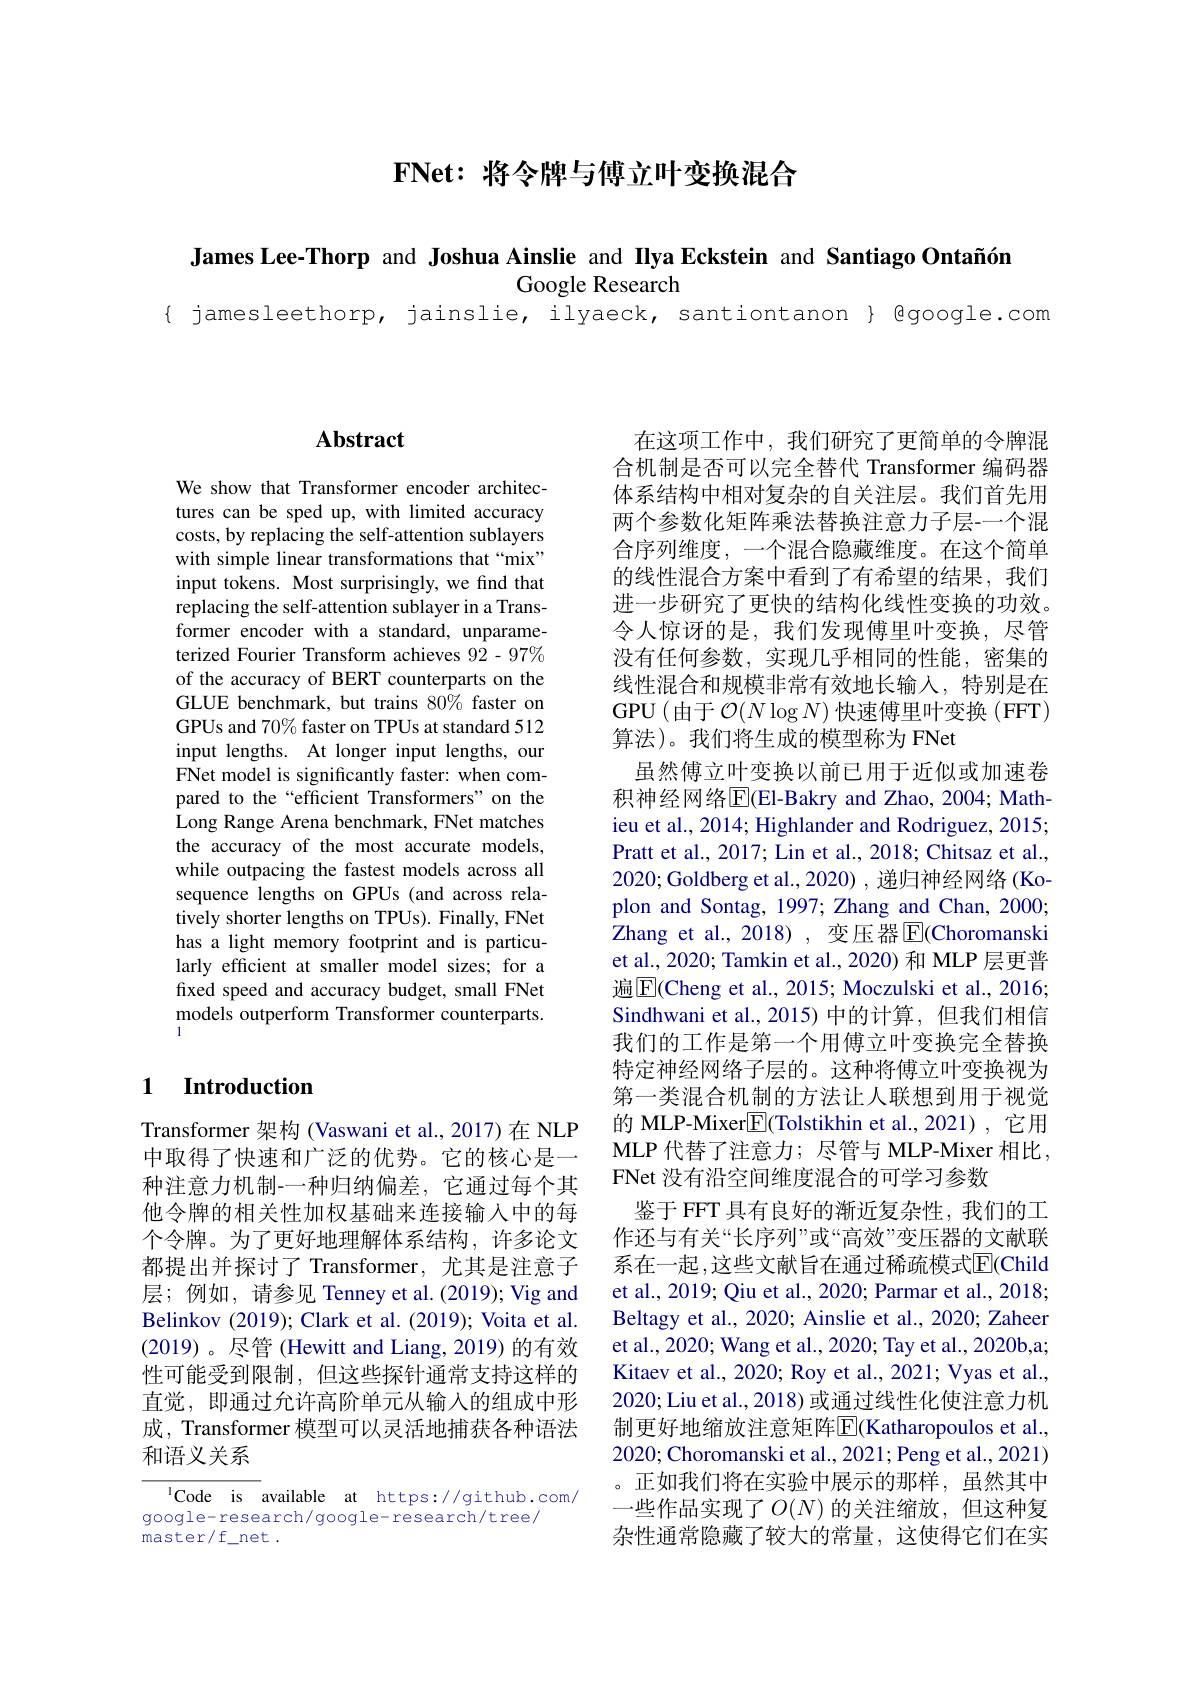
$\textbf{FNet: 将 令 牌 与 傅 立 叶 变 换 混 合 }$

James Lee-Thorp and Joshua Ainslie and Ilya Eckstein and Santiago Ontañón
Google Research
{ jamesleethorp, jainslie, ilyaeck, santiontanon } Qgoogle.com

## $\mathbf{Abstract}$

We show that Transformer encoder architectures can be sped up, with limited accuracy costs, by replacing the self-attention sublayers with simple linear transformations that “mix” input tokens. Most surprisingly, we find that replacing the self-attention sublayer in a Transformer encoder with a standard, unparameterized Fourier Transform achieves 92 - 97% of the accuracy of BERT counterparts on the GLUE benchmark, but trains 80% faster on GPUs and 70% faster on TPUs at standard 512 input lengths. At longer input lengths, our FNet model is significantly faster: when compared to the “efficient Transformers" on the Long Range Arena benchmark, FNet matches the accuracy of the most accurate models, while outpacing the fastest models across all sequence lengths on GPUs (and across relatively shorter lengths on TPUs). Finally, FNet has a light memory footprint and is particularly efficient at smaller model sizes; for a fixed speed and accuracy budget, small FNet models outperform Transformer counterparts

## 1 $\textbf{Introduction}$

Transformer 架构 (Vaswani et al., 2017)在 NLP 中取得了快速和广泛的优势。它的核心是一种注意力机制-一种归纳偏差，它通过每个其他令牌的相关性加权基础来连接输入中的每个令牌。为了更好地理解体系结构，许多论文都提出并探讨了 Transformer, 尤其是注意子层；例如，请参见 Tenney et al.(2019); Vig and Belinkov (2019); Clark et al. (2019); Voita et al. (2019)。尽管 (Hewitt and Liang, 2019) 的有效性可能受到限制，但这些探针通常支持这样的直觉，即通过允许高阶单元从输入的组成中形成，Transformer 模型可以灵活地捕获各种语法和语义关系

$^{1}$Code is available at https://github.com/
google-research/google-research/tree/
$master/f_{-}net.$

在这项工作中，我们研究了更简单的令牌混合机制是否可以完全替代 Transformer 编码器体系结构中相对复杂的自关注层。我们首先用两个参数化矩阵乘法替换注意力子层-一个混合序列维度，一个混合隐藏维度。在这个简单的线性混合方案中看到了有希望的结果，我们进一步研究了更快的结构化线性变换的功效。令人惊讶的是，我们发现傅里叶变换，尽管没有任何参数，实现几乎相同的性能，密集的线性混合和规模非常有效地长输入，特别是在GPU(由于$\mathcal{O}(N\log N)$快速傅里叶变换 (FFT) 算法)。我们将生成的模型称为 FNet
虽然傅立叶变换以前已用于近似或加速卷积神经网络$\overline{\mathrm{E}}$(El-Bakry and Zhao, 2004; Mathieu et al., 2014; Highlander and Rodriguez, 2015; Pratt et al., 2017; Lin et al., 2018; Chitsaz et al., 2020;Goldberg et al., 2020) , 递归神经网络 (Koplon and Sontag, 1997; Zhang and Chan, 2000; Zhang et al.,2018) , 变压器$\overline{\mathrm{E}}($Choromanski et al., 2020; Tamkin et al., 2020) 和 MLP 层更普遍$\boxed{\mathrm{F}}$(Cheng et al., 2015; Moczulski et al., 2016; Sindhwani et al.,2015)中的计算，但我们相信我们的工作是第一个用傅立叶变换完全替换特定神经网络子层的。这种将傅立叶变换视为第一类混合机制的方法让人联想到用于视觉的 MLP-Mixer$\boxed{\mathrm{F}}($Tolstikhin et al.,2021),它用MLP 代替了注意力；尽管与 MLP-Mixer 相比， FNet 没有沿空间维度混合的可学习参数
鉴于 FFT 具有良好的渐近复杂性，我们的工作还与有关“长序列”或“高效”变压器的文献联系在一起，这些文献旨在通过稀疏模式$\overline{\mathrm{E}}($Child et al., 2019; Qiu et al., 2020; Parmar et al., 2018; Beltagy et al., 2020; Ainslie et al., 2020; Zaheer et al., 2020; Wang et al., 2020; Tay et al., 2020b,a; Kitaev et al., 2020; Roy et al., 2021; Vyas et al., 2020;Liu et al., 2018) 或通过线性化使注意力机制更好地缩放注意矩阵$\overline{\mathrm{E}}$(Katharopoulos et al., 2020; Choromanski et al., 2021; Peng et al., 2021) 。正如我们将在实验中展示的那样，虽然其中一些作品实现了$O(N)$ 的关注缩放，但这种复杂性通常隐藏了较大的常量，这使得它们在实